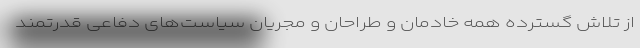
از تلاش گسترده همه خادمان و طراحان و مجریان سیاست‌های دفاعی قدرتمند